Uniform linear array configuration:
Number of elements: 12
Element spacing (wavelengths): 0.75
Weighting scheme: kaiser
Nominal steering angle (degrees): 30
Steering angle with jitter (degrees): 30.541
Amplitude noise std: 0.05
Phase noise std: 0.05

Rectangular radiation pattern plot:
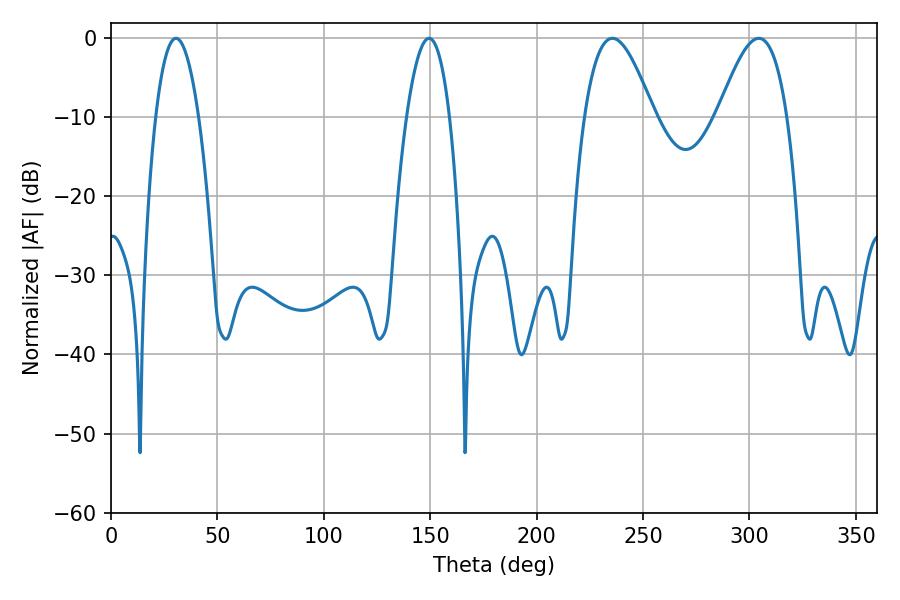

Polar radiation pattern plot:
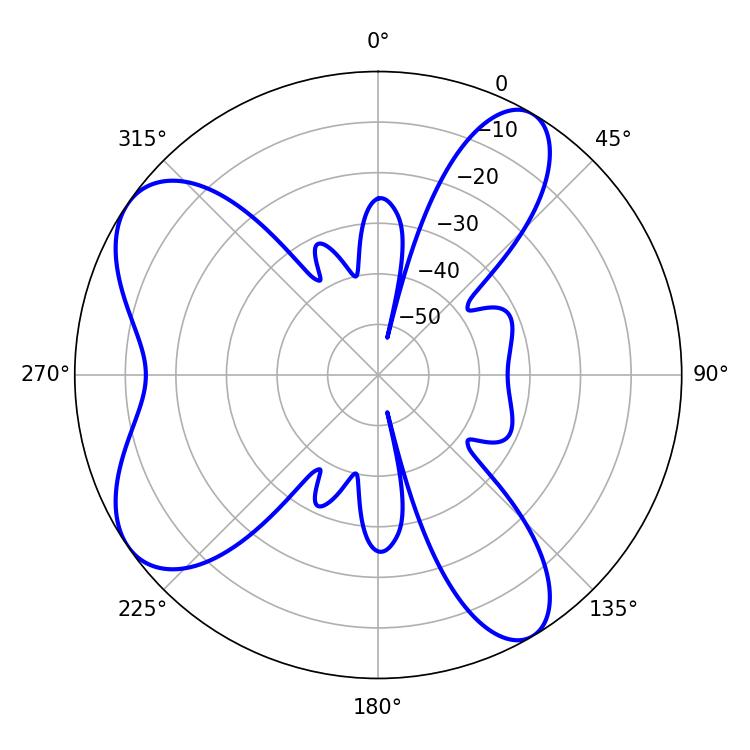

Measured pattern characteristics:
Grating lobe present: TRUE
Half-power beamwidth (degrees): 17.64
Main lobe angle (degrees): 235.62